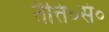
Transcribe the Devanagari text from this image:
तैत्ति०सं०